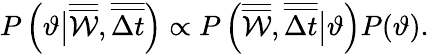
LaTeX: P\left(\vartheta\big|\overline{{\overline{{\mathcal{W}}}}},\overline{{\overline{{\Delta t}}}}\right)\propto P\left(\overline{{\overline{{\mathcal{W}}}}},\overline{{\overline{{\Delta t}}}}\big|\vartheta\right)P(\vartheta).